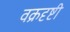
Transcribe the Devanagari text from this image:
वक्रदृष्टी